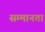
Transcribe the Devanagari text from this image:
सम्मानता